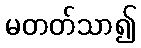
မတတ်သာ၍